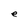
Character: e